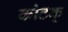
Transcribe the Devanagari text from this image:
कोटक्